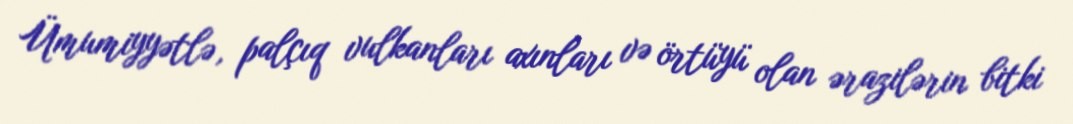
Ümumiyyətlə, palçıq vulkanları axınları və örtüyü olan ərazilərin bitki